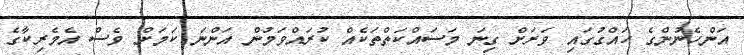
އަންހެނުންގެ ހައްގުގައި ވަރަށް ގިނަ މަސައްކަތްތަކެއް ކުރައްވަމުން އަންނަ ކަމަށް ވެސް އެމެރިކާގެ